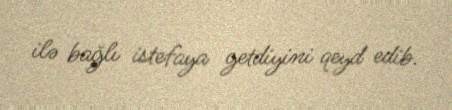
ilə bağlı istefaya getdiyini qeyd edib.